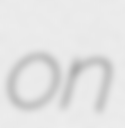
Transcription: on